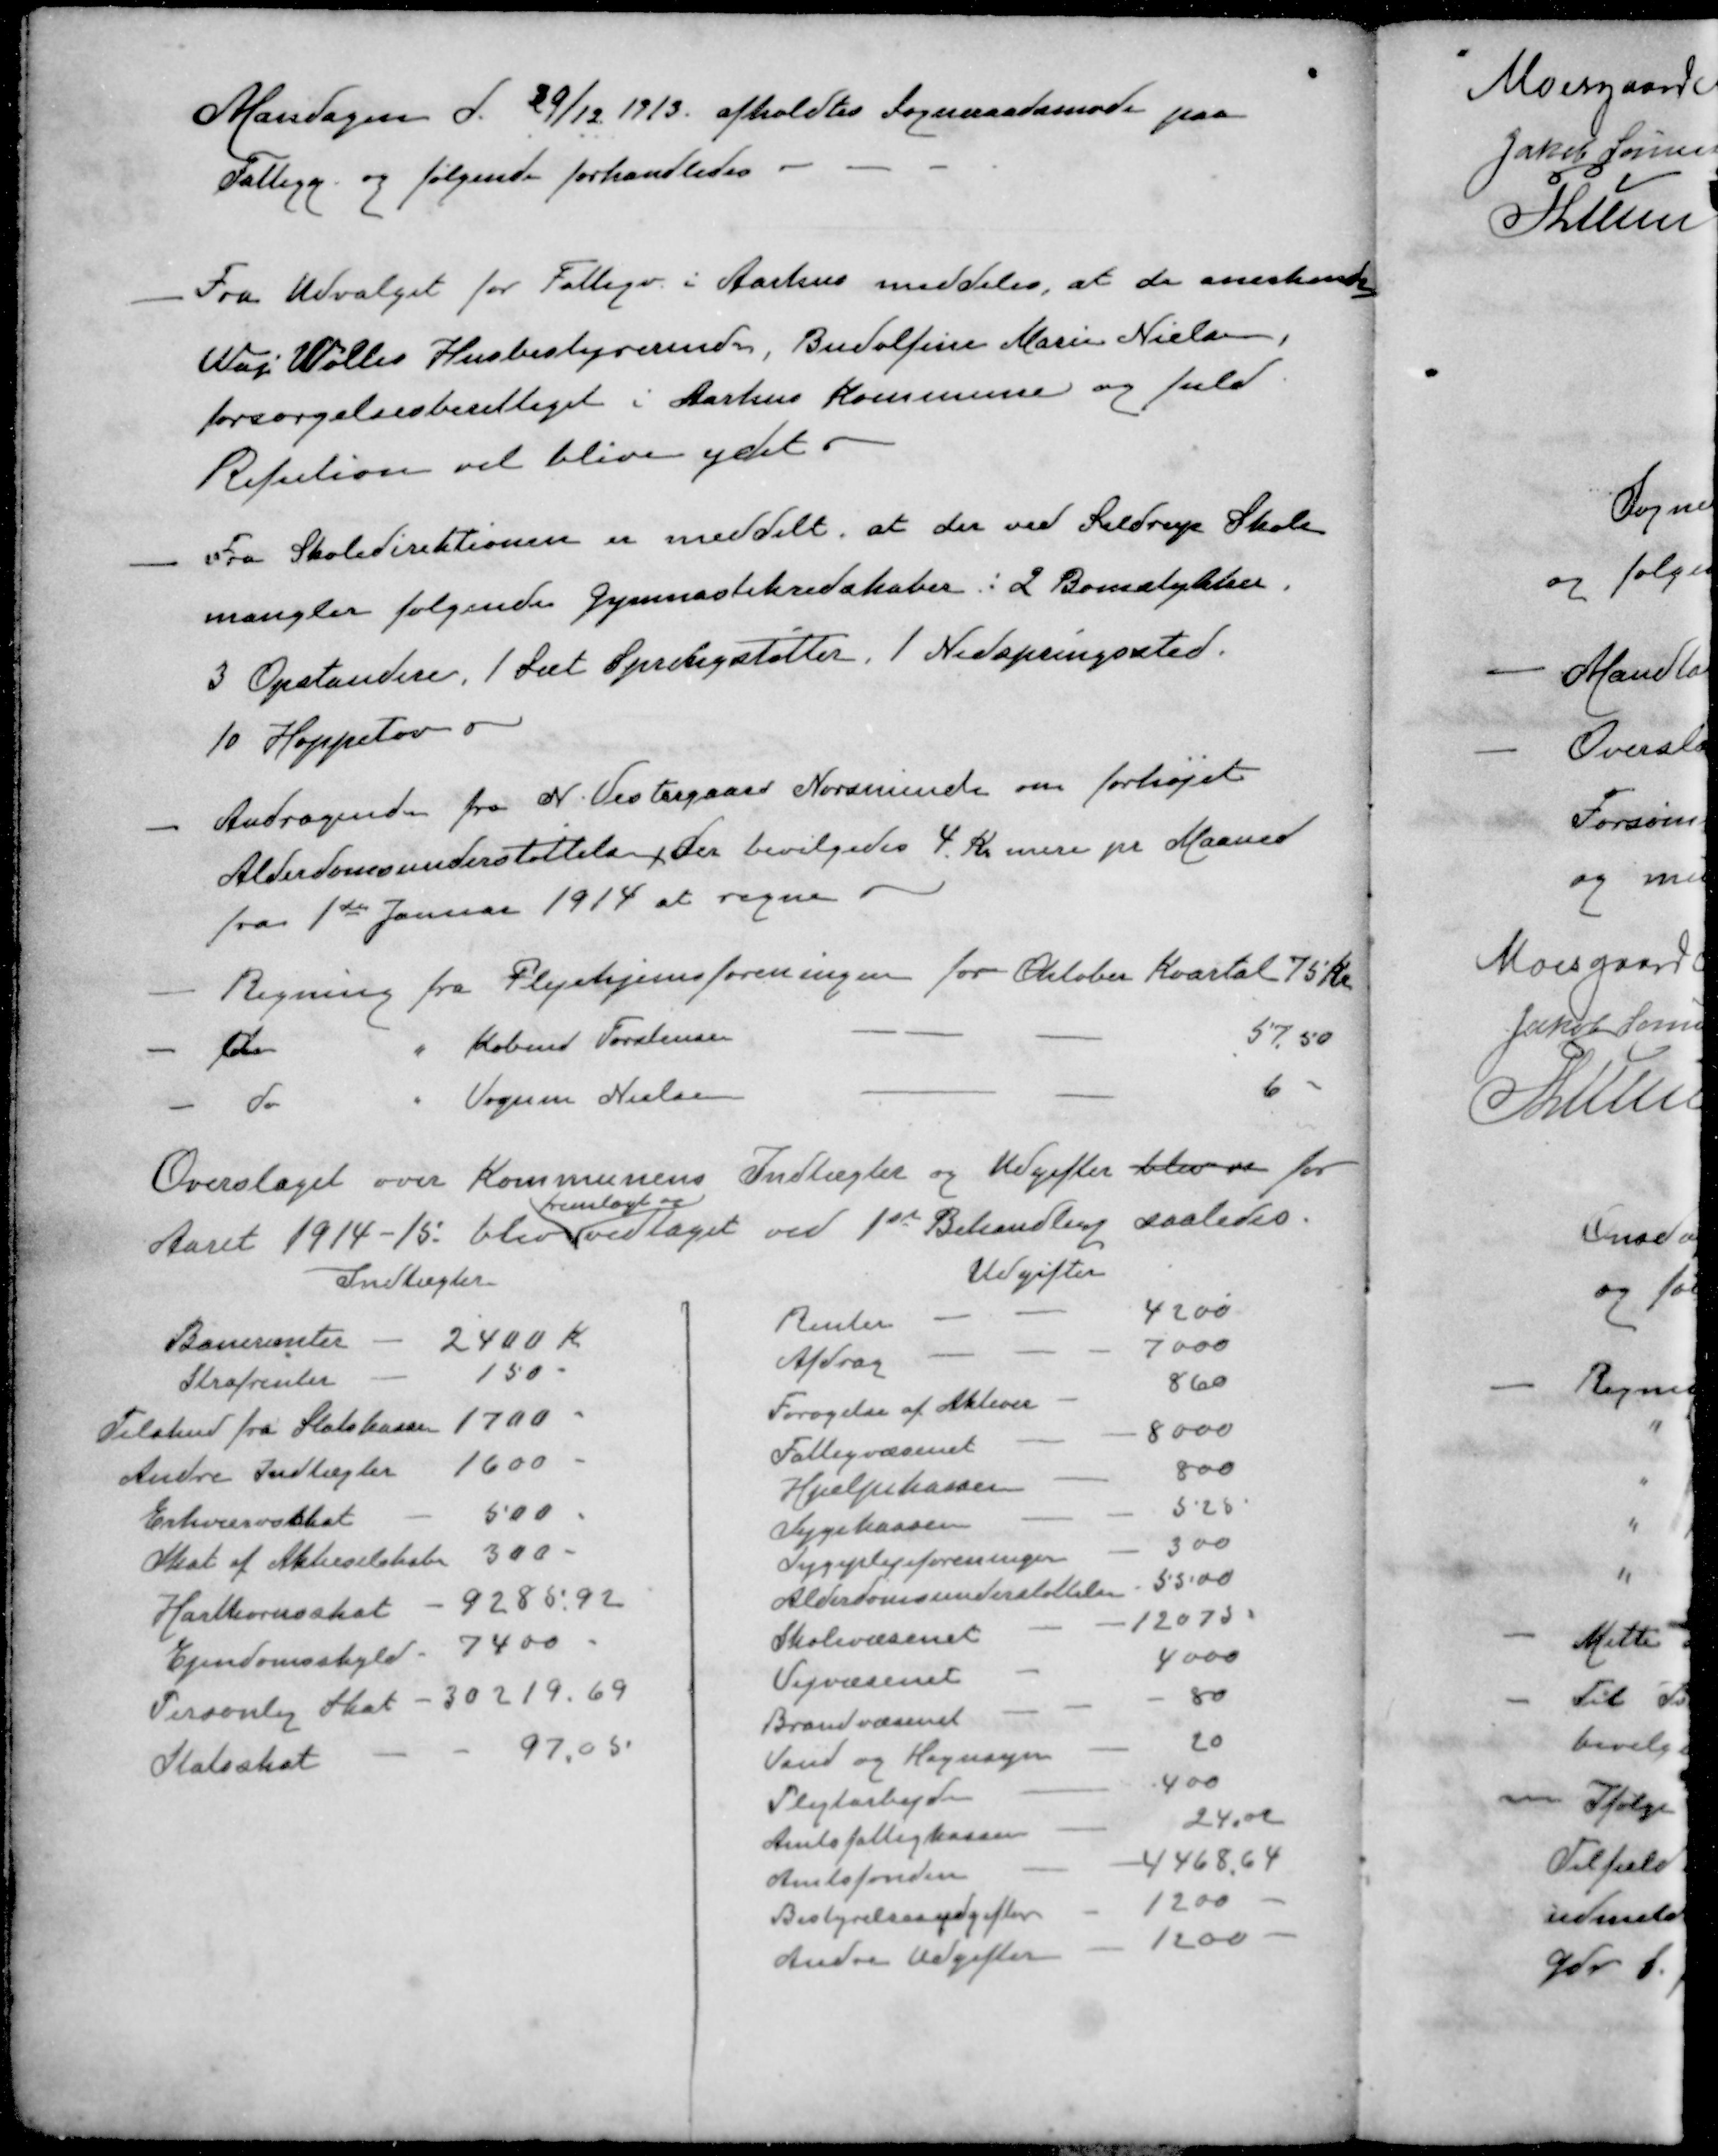
Transskription:
Mandagen d. 29/12 1913 afholdtes Sogneraadsmøde paa
Fattigg. og følgende forhandledes
- Fra Udvalget for Fattigv i Aarhus meddeles, at de anerkender
Waj Wølles Husbestyrerinde, Budolfine Marie Nielsen,
forsørgelsesberettiget i Aarhus Kommune og fuld
Refution vil blive ydet
- Fra Skoledirektionen er meddelt, at der ved Seldrup Skole
mangler følgende Gymnastikredskaber i 2 Bomstykker,
3 Opstandere, 1 det Springstøtter, 1 Nedspringssted.
10 Hoppetov
- Andragende fra N. Vestergaard Norsminde om forhøjet
Alderdomsunderstøttelse, der bevilgedes 4 Kr. mere pr Maaned
fra 1ste Januar 1914 at regne
- Regning fra Plejehjemsforeningen for Oktober Kvartal 75 Kr.
- do " Købmd Torstensen - - - 57,50
- do " Vognm Nielsen 6 "